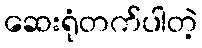
ဆေးရုံတက်ပါတဲ့